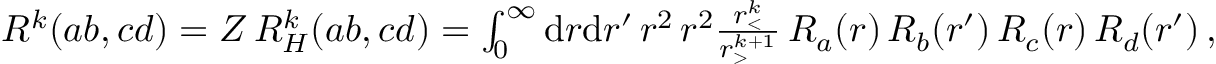
\begin{array} { r } { R ^ { k } ( a b , c d ) = Z \, R _ { H } ^ { k } ( a b , c d ) = \int _ { 0 } ^ { \infty } \mathrm { d } r \mathrm { d } r ^ { \prime } \, r ^ { 2 } \, r ^ { 2 } \frac { r _ { < } ^ { k } } { r _ { > } ^ { k + 1 } } \, R _ { a } ( r ) \, R _ { b } ( r ^ { \prime } ) \, R _ { c } ( r ) \, R _ { d } ( r ^ { \prime } ) \, , } \end{array}